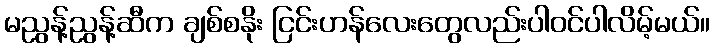
မညွန့်ညွန့်ဆီက ချစ်စနိုး ငြင်းဟန်လေးတွေလည်းပါဝင်ပါလိမ့်မယ်။